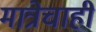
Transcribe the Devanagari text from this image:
मात्रेचाही